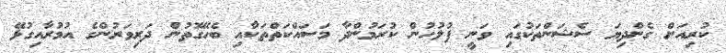
ކުރިއަށް ގެންދިޔަ ސެޝަންތަކުގައި ވަނީ ފުލުހުން ކުރަމުންދާ މަސައްކަތްތަކާއި ބެހޭގޮތުން ދަރިވަރުންގެ އުމުރާއިގުޅޭ